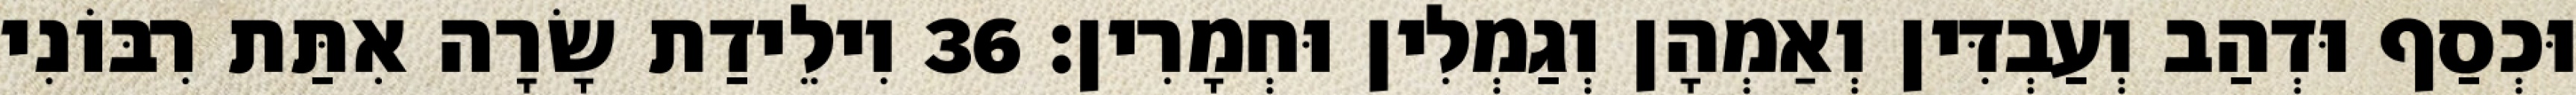
וּכְסַף וּדְהַב וְעַבְדִּין וְאַמְהָן וְגַמְלִין וּחְמָרִין׃ 36 וִילֵידַת שָׂרָה אִתַּת רִבּוֹנִי